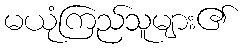
မယုံကြည်သူများ၏